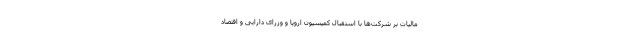
مالیات بر شرکت‌ها با استقبال کمیسیون اروپا و وزرای دارایی و اقتصاد